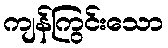
ကျန်ကြွင်းသော